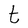
Character: t